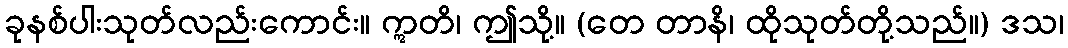
ခုနစ်ပါးသုတ်လည်းကောင်း။ ဣတိ၊ ဤသို့။ (တေ တာနိ၊ ထိုသုတ်တို့သည်။) ဒသ၊